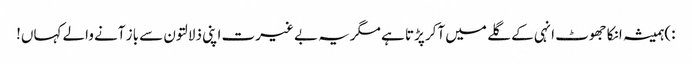
:)ہمیشہ انکا جھوٹ انہی کے گلے میں آکر پڑتا ہے مگریہ بے غیرت اپنی ذلالتون سے باز آنے والے کہاں!